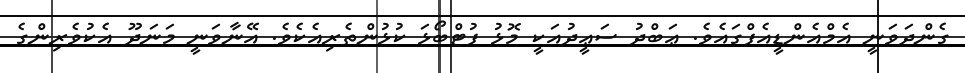
ގެންދަވަނީ އެމްއެންޑީއެފްގައެވެ. ޢަބްދު ސަޢީދުއަކީ މޮޅު ފުޓްބޯޅަ ކުޅުންތެރިއެކެވެ. އޭނާވަނީ މަނަދޫ އެކުވެރިންގެ